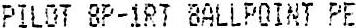
PILOT 8P-1RT BALLPOINT PE